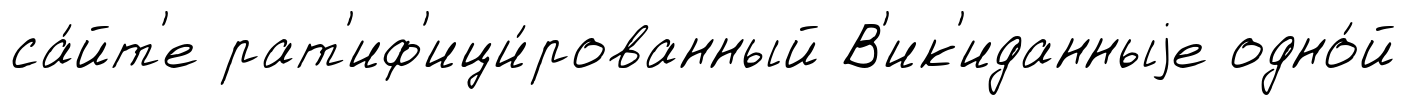
са́йт'е рат'иф'ици́рованный В'ик'иданныjе одно́й